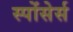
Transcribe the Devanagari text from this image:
स्पोंसेर्स